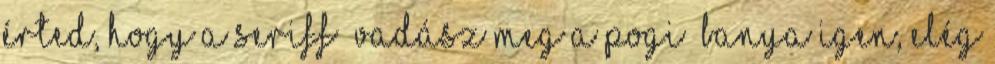
érted, hogy a seriff vadász meg a pogi banya Igen, elég